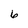
Character: 6